Annual report of the Punjab Veterinary College and of the Civil Veterinary Department, Punjab - 1920-1925
Year: 1920
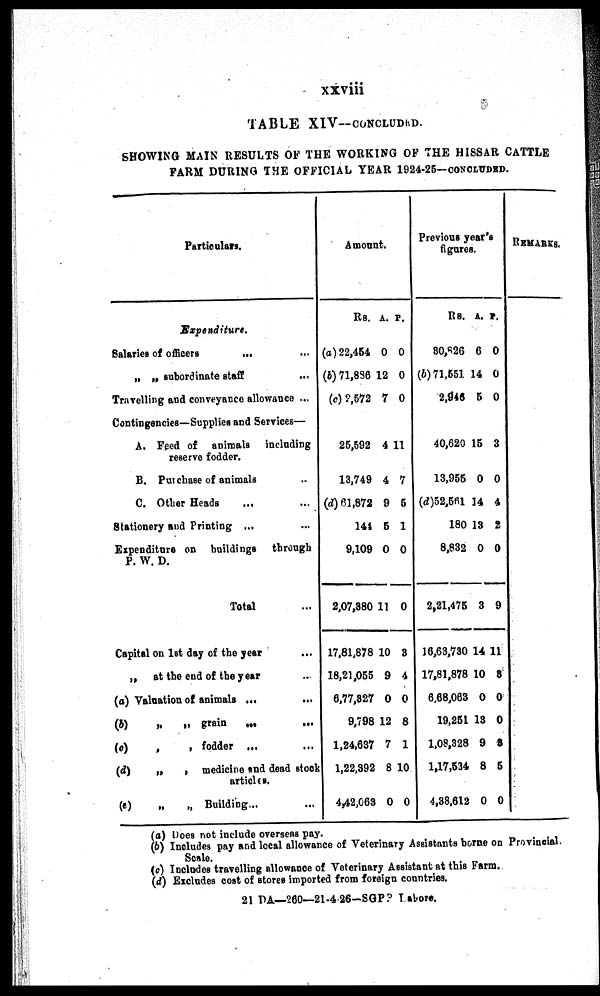
xxviii
TABLE XIV—CONCLUDED.
SHOWING MAIN RESULTS OF THE WORKING OF THE HISSAR CATTLE
FARM DURING THE OFFICIAL YEAR 1924-25—CONCLUDED.
Particulars.
Expenditure.
Salaries of officers
... ...
„ „ subordinate staff ...
Travelling and conveyance allowance ...
Contingencies—Supplies and Services—
A. Feed of animals including
reserve fodder.
B. Purchase of animals ..
C. Other Heads ... ...
Stationery and Printing ... ...
Expenditure on buildings through
P. W. D.
Total ...
Capital on 1st day of the year ...
„ at the end of the year ..
(a) Valuation of animals ... ...
(b)
„
„ grain ... ...
(c)
,
, fodder ... ...
(d)
„
, medicine and dead stock
articles.
(e)
„
„ Building... ...
Amount.
Rs. A. P.
(a) 22,454
(b) 71,836
(c) 2,572
0
12
7
0
0
0
25,592
13,749
(d) 61,872
144
9,109
2,07,380
17,81,878
18,21,055
6,77,327
9,798
1,24,637
1,22,392
4,42,063
4
4
9
5
0
11
10
9
0
12
7
8
0
11
7
5
1
0
0
8
4
0
8
1
10
0
Previous yea's
figures.
RS.
A. P.
30,826
(b)71,551
2,946
6
14
5
0
0
0
40,620
13,955
(d)52,561
180
8,832
2,21,475
16,63,730
17,81,878
6,68,063
19,251
1,03,328
1,17,534
4,38,612
15
0
14
13
0
3
14
10
0
13
9
8
0
3
0
4
2
0
9
11
3
0
0
3
5
0
REMARKS.
(a) Does not include overseas pay.
(b) Includes pay and local allowance of Veterinary Assistants borne on Provincial.
Scale.
(c) Includes travelling allowance of Veterinary Assistant at this Farm.
(d) Excludes cost of stores imported from foreign countries.
21 DA— 260—21-426-SGP Lahore.